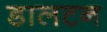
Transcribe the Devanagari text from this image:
डालटन